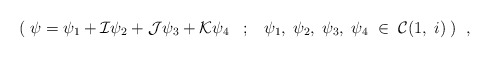
\begin{align*}( \; \psi=\psi_{1} +{\cal I}\psi_{2}+{\cal J}\psi_{3}+{\cal K}\psi_{4}\; \; \; ;\; \; \; \psi_{1}, \; \psi_{2}, \; \psi_{3}, \; \psi_{4} \; \in\; {\cal C}(1, \; i) \; ) \; \; ,\end{align*}